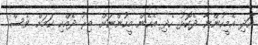
އަދި އެމީހުންނާ ދެކޮޅު ހެދި އެހެން މީހުންނަށް ބިރު ދެއްކި ކަމަށް ވެސް